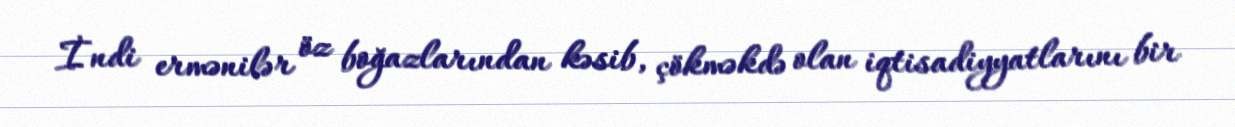
İndi ermənilər öz boğazlarından kəsib, çökməkdə olan iqtisadiyyatlarını bir